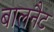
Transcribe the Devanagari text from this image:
बालनैट